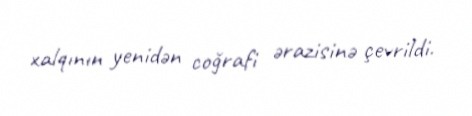
xalqının yenidən coğrafi ərazisinə çevrildi.